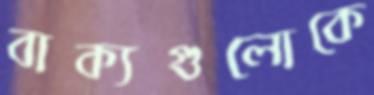
বাক্যগুলোকে